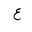
Letter: _ayn